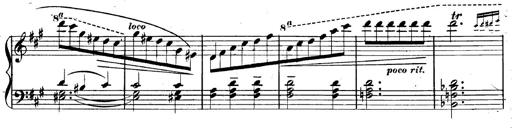
Title: 3 Caprices-Valses
Composer: Franz Liszt